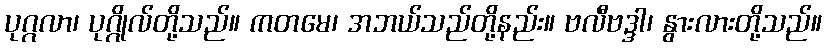
ပုဂ္ဂလာ၊ ပုဂ္ဂိုလ်တို့သည်။ ကတမေ၊ အဘယ်သည်တို့နည်း။ ဗလီဗဒ္ဒါ၊ နွားလားတို့သည်။